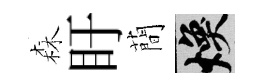
森盱蕳焕